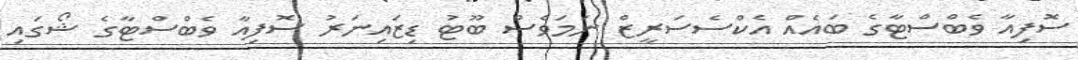
ސޮފިއާ ވެބްސްޓާގެ ބައެއް އެކްސެސަރީޒް ނަމަވެސް ބޫޓު ޑިޒައިނަރު ސޮފިއާ ވެބްސްޓާގެ ޝޯގައި